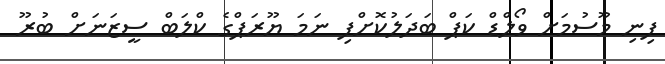
ފިނި މޫސުމަށް ވޯލްޑް ކަޕް ބަދަލުކޮށްފި ނަމަ ޔޫރަޕްގެ ކްލަބް ސީޒަނަށް ބުރޫ